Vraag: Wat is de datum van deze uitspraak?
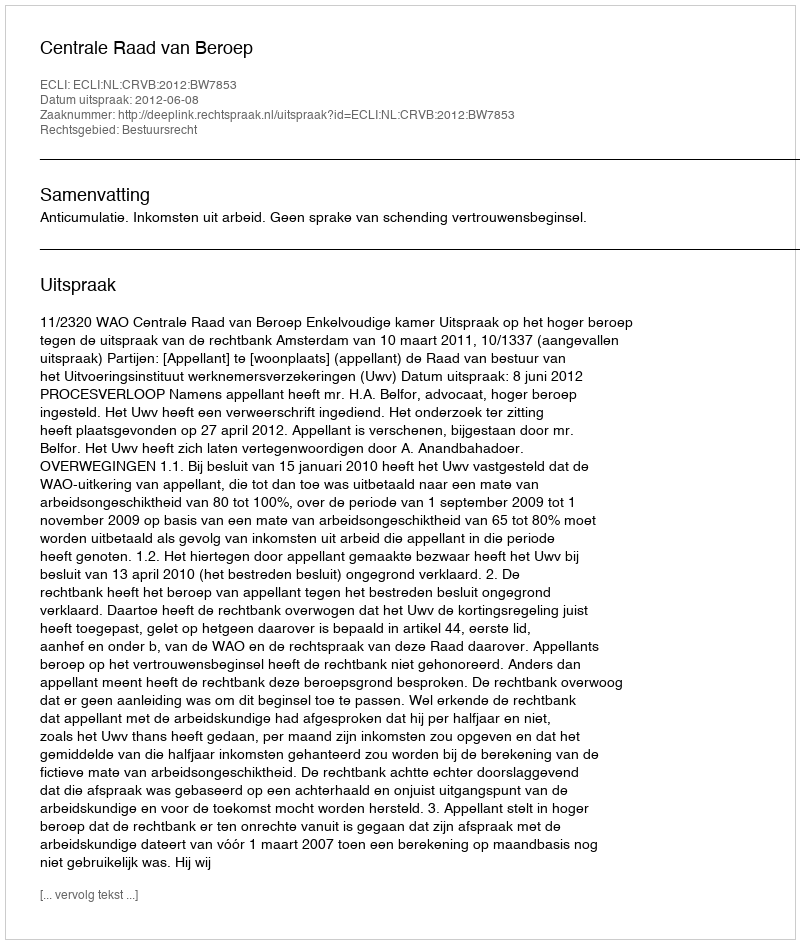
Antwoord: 2012-06-08